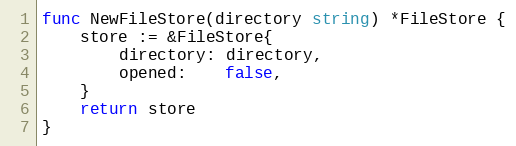
Language: Go
func NewFileStore(directory string) *FileStore {
	store := &FileStore{
		directory: directory,
		opened:    false,
	}
	return store
}